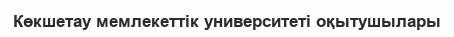
Көкшетау мемлекеттік университеті оқытушылары